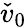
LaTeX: \check{v}_{0}